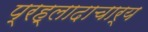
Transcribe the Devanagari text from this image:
प्रह्लादाचार्य